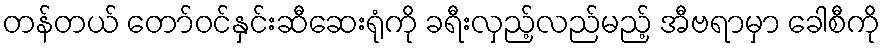
တန်တယ် တော်ဝင်နှင်းဆီဆေးရုံကို ခရီးလှည့်လည်မည့် အီဗရာမှာ ခေါစီကို